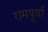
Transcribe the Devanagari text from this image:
रामपूर्वा